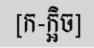
[ក-ក្អិច]